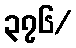
၃၇၆/